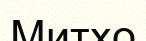
Митхо